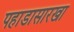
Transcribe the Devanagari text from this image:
पहाडासारखा